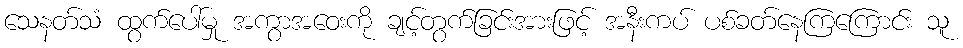
သေနတ်သံ ထွက်ပေါ်မှု အကွာအဝေးကို ချင့်တွက်ခြင်းအားဖြင့် အနီးကပ် ပစ်ခတ်နေကြကြောင်း သူ